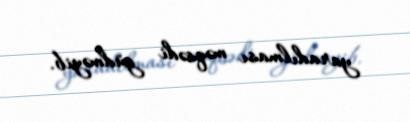
yaradılması məqsədi güdməyib.